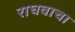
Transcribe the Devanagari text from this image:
राघवाचा